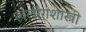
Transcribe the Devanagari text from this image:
खलोगशास्त्री